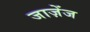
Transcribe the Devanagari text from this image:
जाज़ेंज